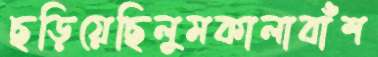
ছড়িয়েছিলুমকালাবাঁশ